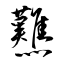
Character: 㸐